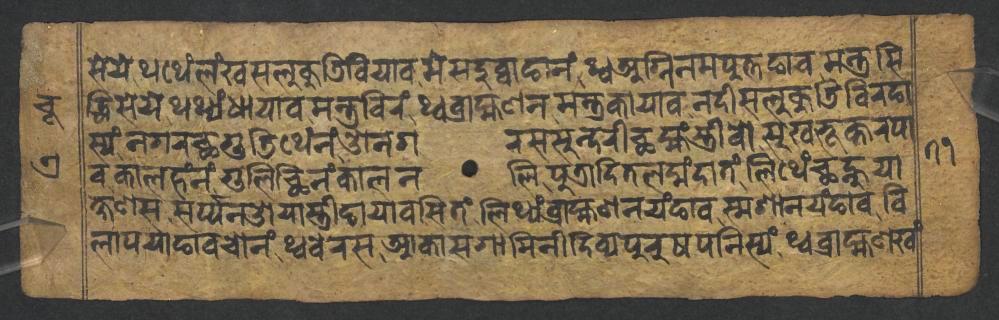
𑐳𑐾𑐫𑐾𑐠𑐠𑐾𑑄𑐮𑑄𑐏𑐳𑐮𑐸𑐎𑐸𑐜𑐶𑐧𑐶𑐫𑐵𑐰𑐩𑐾𑐳𑐡𑐸𑐧𑑂𑐰𑐵𑐒𑐵𑐣𑑄𑐠𑑂𑐰𑐀𑐐𑑂𑐣𑐶𑐣𑐩𑐥𑐸𑐟𑑂𑐟𑐒𑐵𑐰𑐩𑐣𑑂𑐟𑑂𑐬𑐳𑐶 𑐡𑑂𑐢𑐶𑐳𑐾𑐫𑐾𑐠𑐠𑑂𑐫𑑄𑐢𑐵𑐫𑐵𑐰𑐩𑐣𑑂𑐟𑑂𑐬𑐧𑐶𑐬𑑄𑐠𑑂𑐰𑐧𑑂𑐬𑐵𑐴𑑂𑐩𑐞𑐣𑐩𑐣𑑂𑐟𑑂𑐬𑐎𑐵𑐫𑐵𑐰𑐣𑐡𑐷𑐳𑐮𑐸𑐎𑐸𑐜𑐶𑐧𑐶𑐬𑐒𑐵 𑐳𑑂𑐫𑑄𑐣𑐐𑐬𑐕𑐐𑐸𑐜𑐶𑐠𑐾𑑄𑐣𑑄𑐌𑐣𑐐𑐬𑐳𑐳𑐸𑐣𑑂𑐡𑐬𑐷𑐕𑐩𑑂𑐴𑑄𑐳𑑂𑐟𑑂𑐬𑐷𑐰𑑀𑐳𑐸𑐏𑐨𑐹𑐎𑑂𑐟𑐬𑐥𑐵 𑐰𑐎𑐵𑐮𑐴𑑄𑐣𑑄𑐐𑐸𑐮𑐶𑐕𑐶𑐣𑑄𑐎𑐵𑐮𑐣𑐮𑐶𑐥𑐸𑐟𑑂𑐬𑐵𑐡𑐶𑐟𑐮𑐩𑑂𑐴𑑄𑐡𑐵𑐟𑑄𑐮𑐶𑐠𑐾𑑄𑐕𑐣𑑂𑐴𑐸𑐫𑐵 𑐎𑑂𑐲𑐞𑐳𑐳𑐬𑑂𑐥𑑂𑐥𑐣𑐌𑐫𑐵𑐳𑑂𑐟𑑂𑐬𑐷𑐒𑐵𑐫𑐵𑐰𑐳𑐶𑐟𑑄𑐮𑐶𑐠𑑂𑐫𑑄𑐧𑑂𑐬𑐵𑐴𑑂𑐩𑐞𑐣𑐫𑑄𑐒𑐵𑐰𑐳𑑂𑐩𑐱𑐵𑐣𑐫𑑄𑐒𑐵𑐰𑐰𑐶 𑐮𑐵𑐥𑐫𑐵𑐒𑐵𑐰𑐔𑑀𑐣𑑄𑐠𑑂𑐰𑐧𑐾𑐬𑐳𑐁𑐎𑐵𑐳𑐐𑐵𑐩𑐶𑐣𑐷𑐡𑐶𑐰𑑂𑐫𑐥𑐸𑐬𑐸𑐲𑐥𑐣𑐶𑐳𑑂𑐫𑑄𑐠𑑂𑐰𑐧𑑂𑐬𑐵𑐴𑑂𑐩𑐞𑐏𑑄